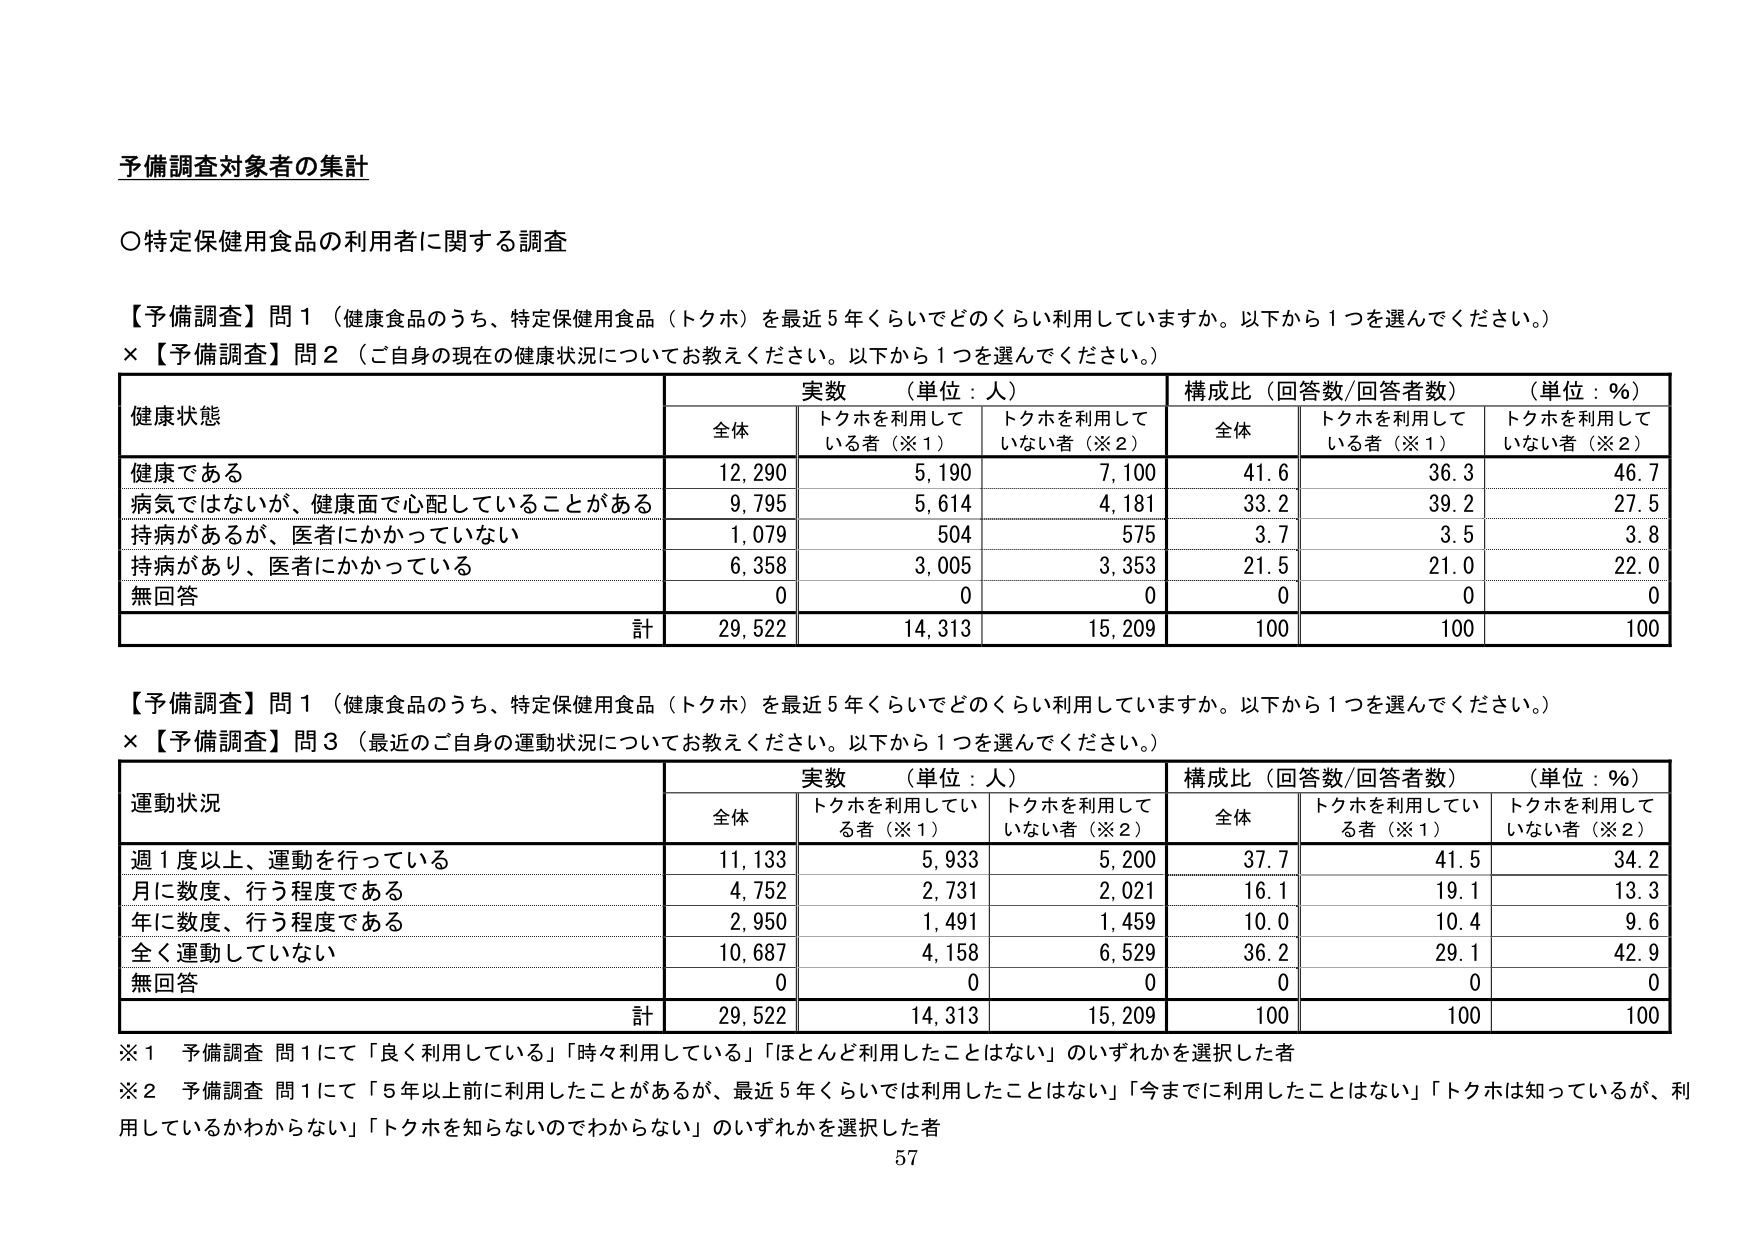
予備調査対象者の集計

○特定保健用食品の利用者に関する調査

【予備調査】問1（健康食品のうち、特定保健用食品（トクホ）を最近5年くらいでどのくらい利用していますか。以下から1つを選んでください。）
×【予備調査】問2（ご自身の現在の健康状況についてお教えください。以下から1つを選んでください。）

健康状態 実数（単位：人） 構成比（回答数/回答者数）（単位：%）
全体 トクホを利用している者（※1） トクホを利用していない者（※2） 全体 トクホを利用している者（※1） トクホを利用していない者（※2）
健康である 12,290 5,190 7,100 41.6 36.3 46.7
病気ではないが、健康面で心配していることがある 9,795 5,614 4,181 33.2 39.2 27.5
持病があるが、医者にかかっていない 1,079 504 575 3.7 3.5 3.8
持病があり、医者にかかっている 6,358 3,005 3,353 21.5 21.0 22.0
無回答 0 0 0 0 0 0
計 29,522 14,313 15,209 100 100 100

【予備調査】問1（健康食品のうち、特定保健用食品（トクホ）を最近5年くらいでどのくらい利用していますか。以下から1つを選んでください。）
×【予備調査】問3（最近のご自身の運動状況についてお教えください。以下から1つを選んでください。）

運動状況 実数（単位：人） 構成比（回答数/回答者数）（単位：%）
全体 トクホを利用している者（※1） トクホを利用していない者（※2） 全体 トクホを利用している者（※1） トクホを利用していない者（※2）
週1度以上、運動を行っている 11,133 5,933 5,200 37.7 41.5 34.2
月に数度、行う程度である 4,752 2,731 2,021 16.1 19.1 13.3
年に数度、行う程度である 2,950 1,491 1,459 10.0 10.4 9.6
全く運動していない 10,687 4,158 6,529 36.2 29.1 42.9
無回答 0 0 0 0 0 0
計 29,522 14,313 15,209 100 100 100

※1 予備調査 問1にて「良く利用している」「時々利用している」「ほとんど利用したことはない」のいずれかを選択した者
※2 予備調査 問1にて「5年以上前に利用したことがあるが、最近5年くらいでは利用したことはない」「今までに利用したことはない」「トクホは知っているが、利用しているかわからない」「トクホを知らないのでわからない」のいずれかを選択した者

57